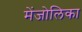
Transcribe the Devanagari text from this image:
मेंजोलिका